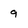
Character: 9